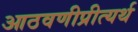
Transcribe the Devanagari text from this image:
आठवणीप्रीत्यर्थ